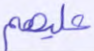
عليهم